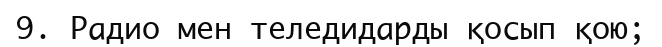
9. Радио мен теледидарды қосып қою;